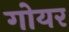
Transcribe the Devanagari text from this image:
गोयर